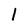
Character: l